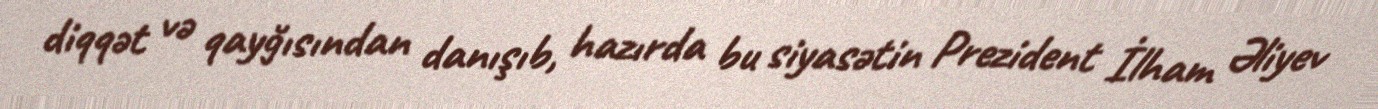
diqqət və qayğısından danışıb, hazırda bu siyasətin Prezident İlham Əliyev